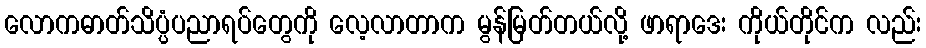
လောကဓာတ်သိပ္ပံပညာရပ်တွေကို လေ့လာတာက မွန်မြတ်တယ်လို့ ဖာရာဒေး ကိုယ်တိုင်က လည်း